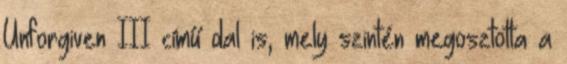
Unforgiven III című dal is, mely szintén megosztotta a